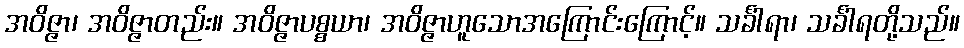
အဝိဇ္ဇာ၊ အဝိဇ္ဇာတည်း။ အဝိဇ္ဇာပစ္စယာ၊ အဝိဇ္ဇာဟူသောအကြောင်းကြောင့်။ သင်္ခါရာ၊ သင်္ခါရတို့သည်။